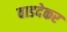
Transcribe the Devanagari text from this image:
वाडदेकर